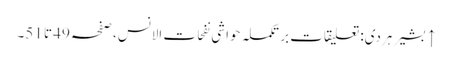
↑ بشیر ہردی: تعلیقات بر تکملہ حواشی نفحات الانس، صفحہ 49 تا 51۔